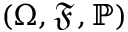
( \Omega , { \mathfrak { F } } , \mathbb { P } )